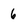
Character: 6